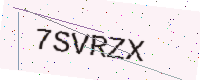
Text: 7SVRZX